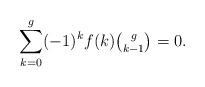
LaTeX: \begin{align*}\sum_{k=0}^g (-1)^k f(k)\tbinom{g}{k-1}=0.\end{align*}